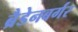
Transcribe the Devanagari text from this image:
ब्रैडेनबर्गर